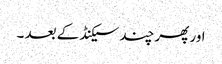
اور پھر چند سیکنڈ کے بعد ۔